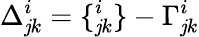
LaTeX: \Delta_{\mathit{j}k}^{i}=\{ _{\mathit{j}k}^{i}\} -\Gamma_{\mathit{j}k}^{i}